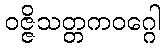
ဝဇ္ဇိသတ္တကဝဂ္ဂေါ